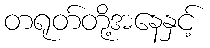
တရုတ်တို့အနေနှင့်